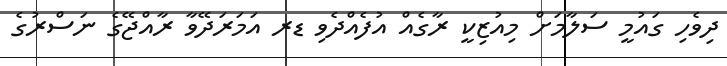
ދިވެހި ގައުމީ ސަލާމަށް މިއުޒިކީ ރާގެއް އުފެއްދެވި ޑރ އަމަރަދޭވާ ރާއްޖޭގެ ނަސްރުގެ